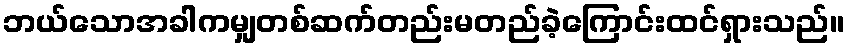
ဘယ်သောအခါကမျှတစ်ဆက်တည်းမတည်ခဲ့ကြောင်းထင်ရှားသည်။